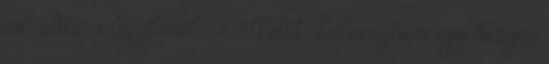
az adta a bejglinél az ötletet- belevágtam egy kenyér